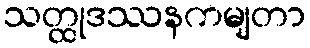
သတ္ထုဒဿနကမျတာ